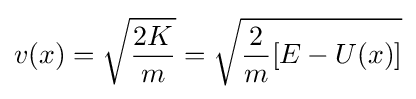
v(x)={\sqrt {\frac {2K}{m}}}={\sqrt {{\frac {2}{m}}[E-U(x)]}}